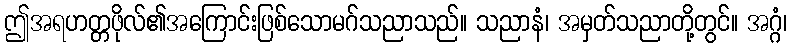
ဤအရဟတ္တဖိုလ်၏အကြောင်းဖြစ်သောမဂ်သညာသည်။ သညာနံ၊ အမှတ်သညာတို့တွင်။ အဂ္ဂံ၊